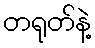
တရုတ်နဲ့